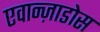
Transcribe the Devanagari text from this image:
एवान्ज़ाडोस